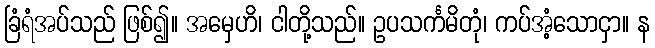
ခြံရံအပ်သည် ဖြစ်၍။ အမှေဟိ၊ ငါတို့သည်။ ဥပသင်္ကမိတုံ၊ ကပ်အံ့သောငှာ။ န